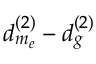
d _ { m _ { e } } ^ { ( 2 ) } - d _ { g } ^ { ( 2 ) }